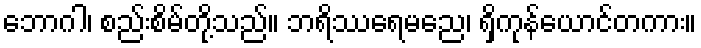
ဘောဂါ၊ စည်းစိမ်တို့သည်။ ဘရိဿရေမညေ၊ ရှိကုန်ယောင်တကား။